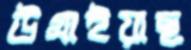
উগ্‌রাইয়াছ